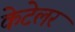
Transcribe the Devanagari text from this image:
केटेलर